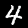
Label: 4